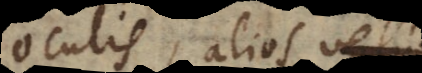
oculis, alios in